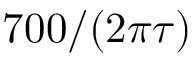
7 0 0 / ( 2 \pi \tau )